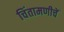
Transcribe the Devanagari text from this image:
चिंतामणीचें